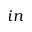
i n